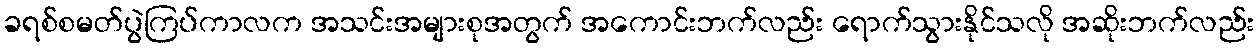
ခရစ်စမတ်ပွဲကြပ်ကာလက အသင်းအများစုအတွက် အကောင်းဘက်လည်း ရောက်သွားနိုင်သလို အဆိုးဘက်လည်း